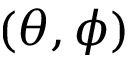
( \theta , \phi )